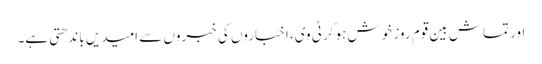
اور تماش بین قوم روز خوش ہوکر ٹی وی، اخباروں کی خبروں سے امیدیں باندھتی ہے۔